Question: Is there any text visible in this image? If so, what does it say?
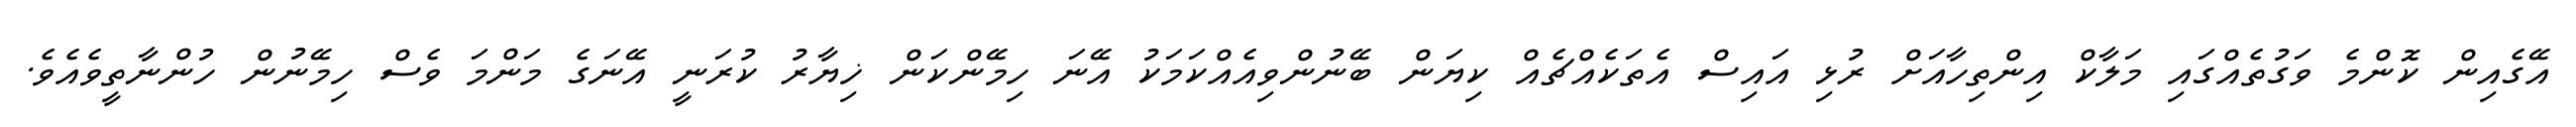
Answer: އޭގެއިން ކޮންމެ ވަގުތެއްގައި މަލާކް އިންތިހާއަށް ރުޅި އައިސް އެތަކެއްޗެއް ކިޔަން ބޭނުންވިއެއްކަމަކު އޭނަ ހިމޭންކަން ޚިޔާރު ކުރަނީ އޭނަގެ މަންމަ ވެސް ހިމޭނުން ހުންނާތީވެއެވެ.